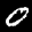
Label: 0